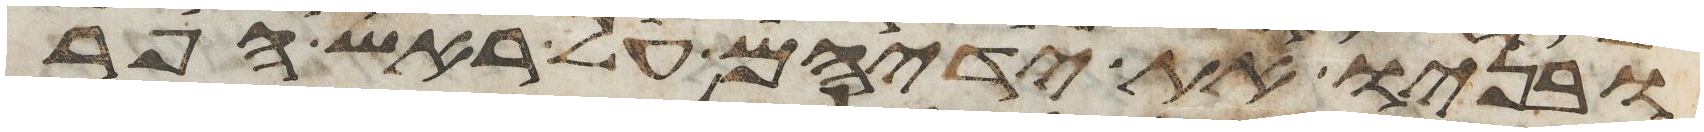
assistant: ובניו את ידיהם על ראש הפר